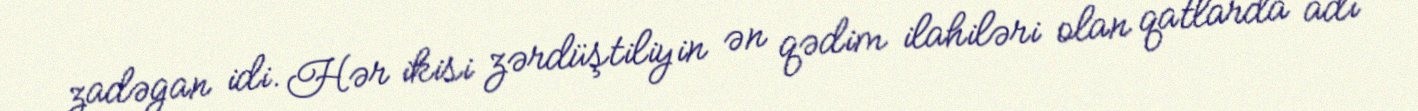
zadəgan idi. Hər ikisi zərdüştiliyin ən qədim ilahiləri olan qatlarda adı